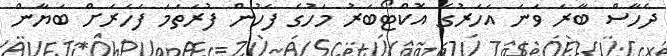
ދެހާސް ބާރަ ވަނަ އަހަރުގެ އޮކްޓޯބަރު މަހުގެ ފަހުން ފުރަތަމަ ފަހަރަށް ބަޔާން